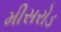
મીસરોડ